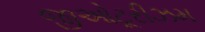
જીઓટૂરીઝમ